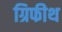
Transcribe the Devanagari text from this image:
ग्रिफीथ